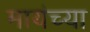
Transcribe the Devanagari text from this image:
मायंच्या